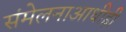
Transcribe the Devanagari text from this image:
संमेलनाआधीही